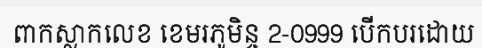
ពាកស្លាកលេខ ខេមរភូមិន្ច 2-0999 បើកបរដោយ